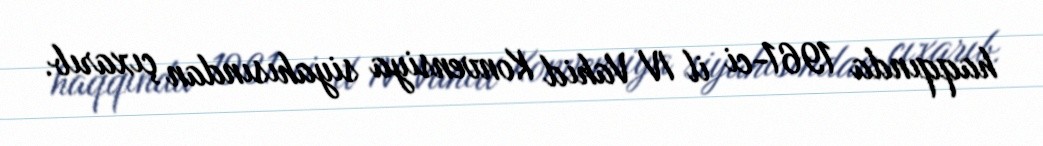
haqqında 1961-ci il IV Vahid Konvensiya siyahısından çıxarıb.